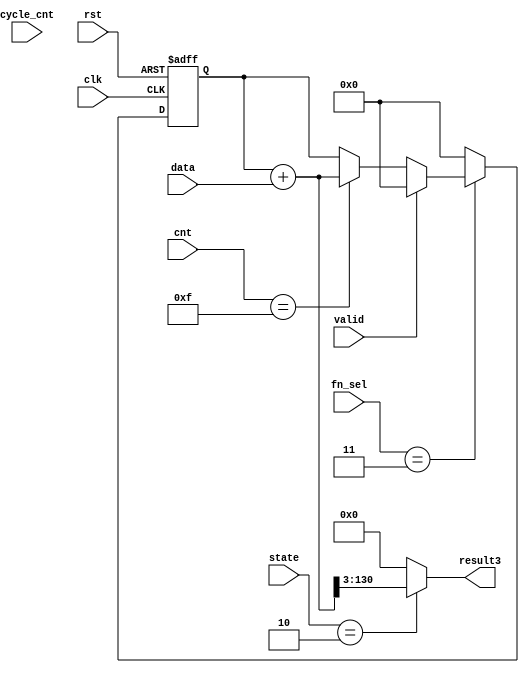
module filter3(clk, rst, fn_sel,cnt,data,state,valid,cycle_cnt,result3);
input          clk;
input          rst;
input  [2:0]   fn_sel;
input  [5:0]   cnt;
input  [127:0]   data;
input  [2:0]     state;
input            valid;
input    [7:0] cycle_cnt;

output reg[127:0] result3;




reg[130:0] temp;






always@(posedge clk or posedge rst)begin
    if(rst)begin
        temp<=0;
    end
    else begin
        if(fn_sel==3'b011)begin
            if(valid)begin
                temp<=0;
            end
            else if(cnt==15)begin
                temp<=temp+data;
            end
            else begin
                temp<=temp;
            end
        end
        else begin
            temp<=0;
        end
    end
end




always@(*)begin
    if(state==3'b010)begin
        result3 = temp+data>>3;
    end
    else begin
        result3=0;
    end
end



endmodule